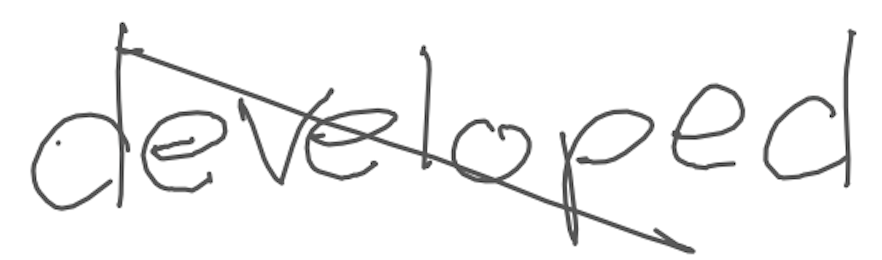
Text: developed
Cross-out: diagonal
Writing tool: digital_gray